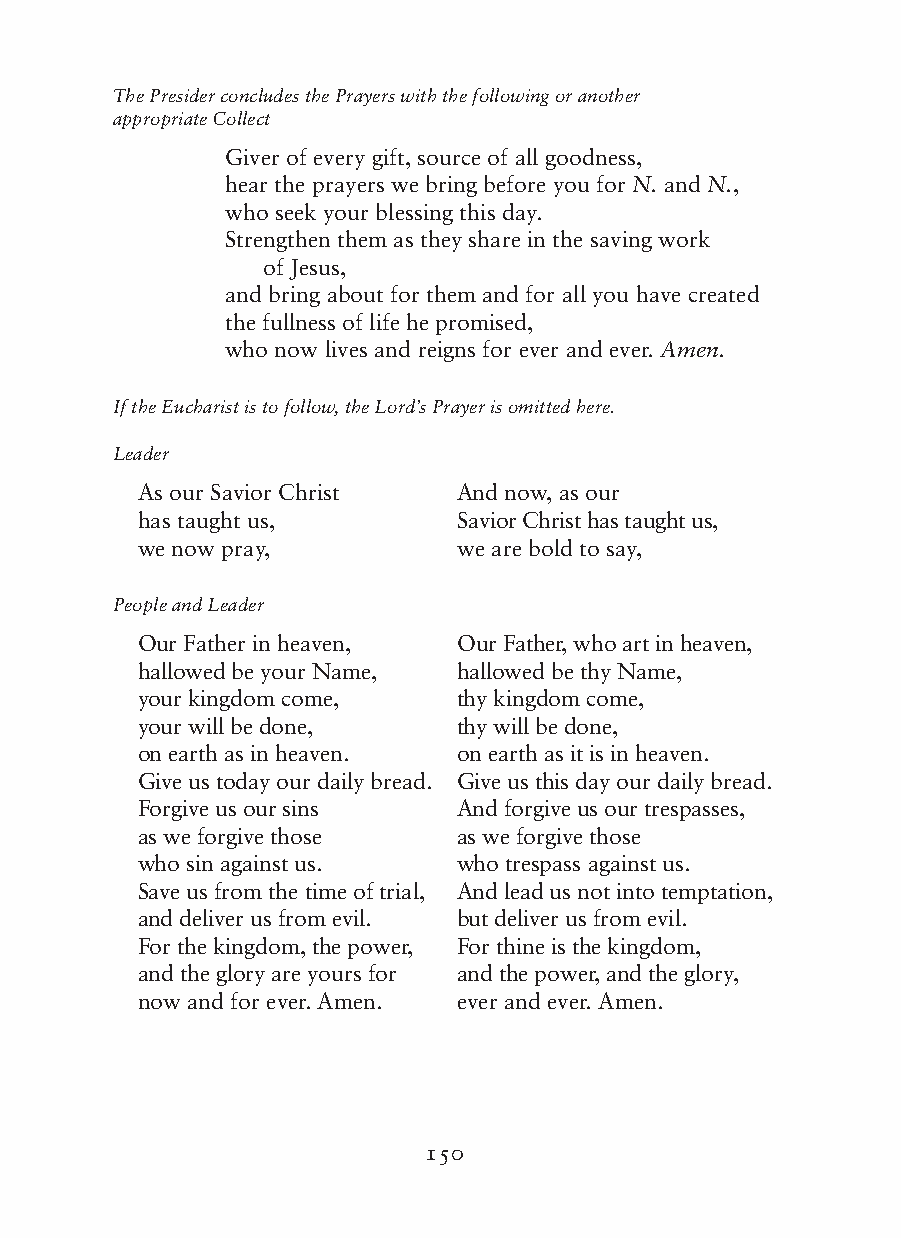
The Presider concludes the Prayers with the following or another
 appropriate Collect
 G iver of every gift, source of all goodness,
 hear the prayers we bring before you for N. and N.,
 who seek your blessing this day.
 Strengthen them as they share in the saving work
 of Jesus,
 and bring about for them and for all you have created
 the fullness of life he promised,
 who now lives and reigns for ever and ever. Amen.
 If the Eucharist is to follow, the Lord’s Prayer is omitted here.
 Leader
 As our Savior Christ And now, as our
 has taught us,       Savior Christ has taught us,
 we now pray,         we are bold to say,
 People and Leader
 Our Father in heaven, Our Father, who art in heaven,
 hallowed be your Name, hallowed be thy Name,
 your kingdom come,   thy kingdom come,
 your will be done,   thy will be done,
 on earth as in heaven. on earth as it is in heaven.
 Give us today our daily bread. Give us this day our daily bread.
 Forgive us our sins  And forgive us our trespasses,
 as we forgive those  as we forgive those
 who sin against us.  who trespass against us.
 Save us from the time of trial, And lead us not into temptation,
 and deliver us from evil. but deliver us from evil.
 For the kingdom, the power, For thine is the kingdom,
 and the glory are yours for and the power, and the glory,
 now and for ever. Amen. ever and ever. Amen.
 150